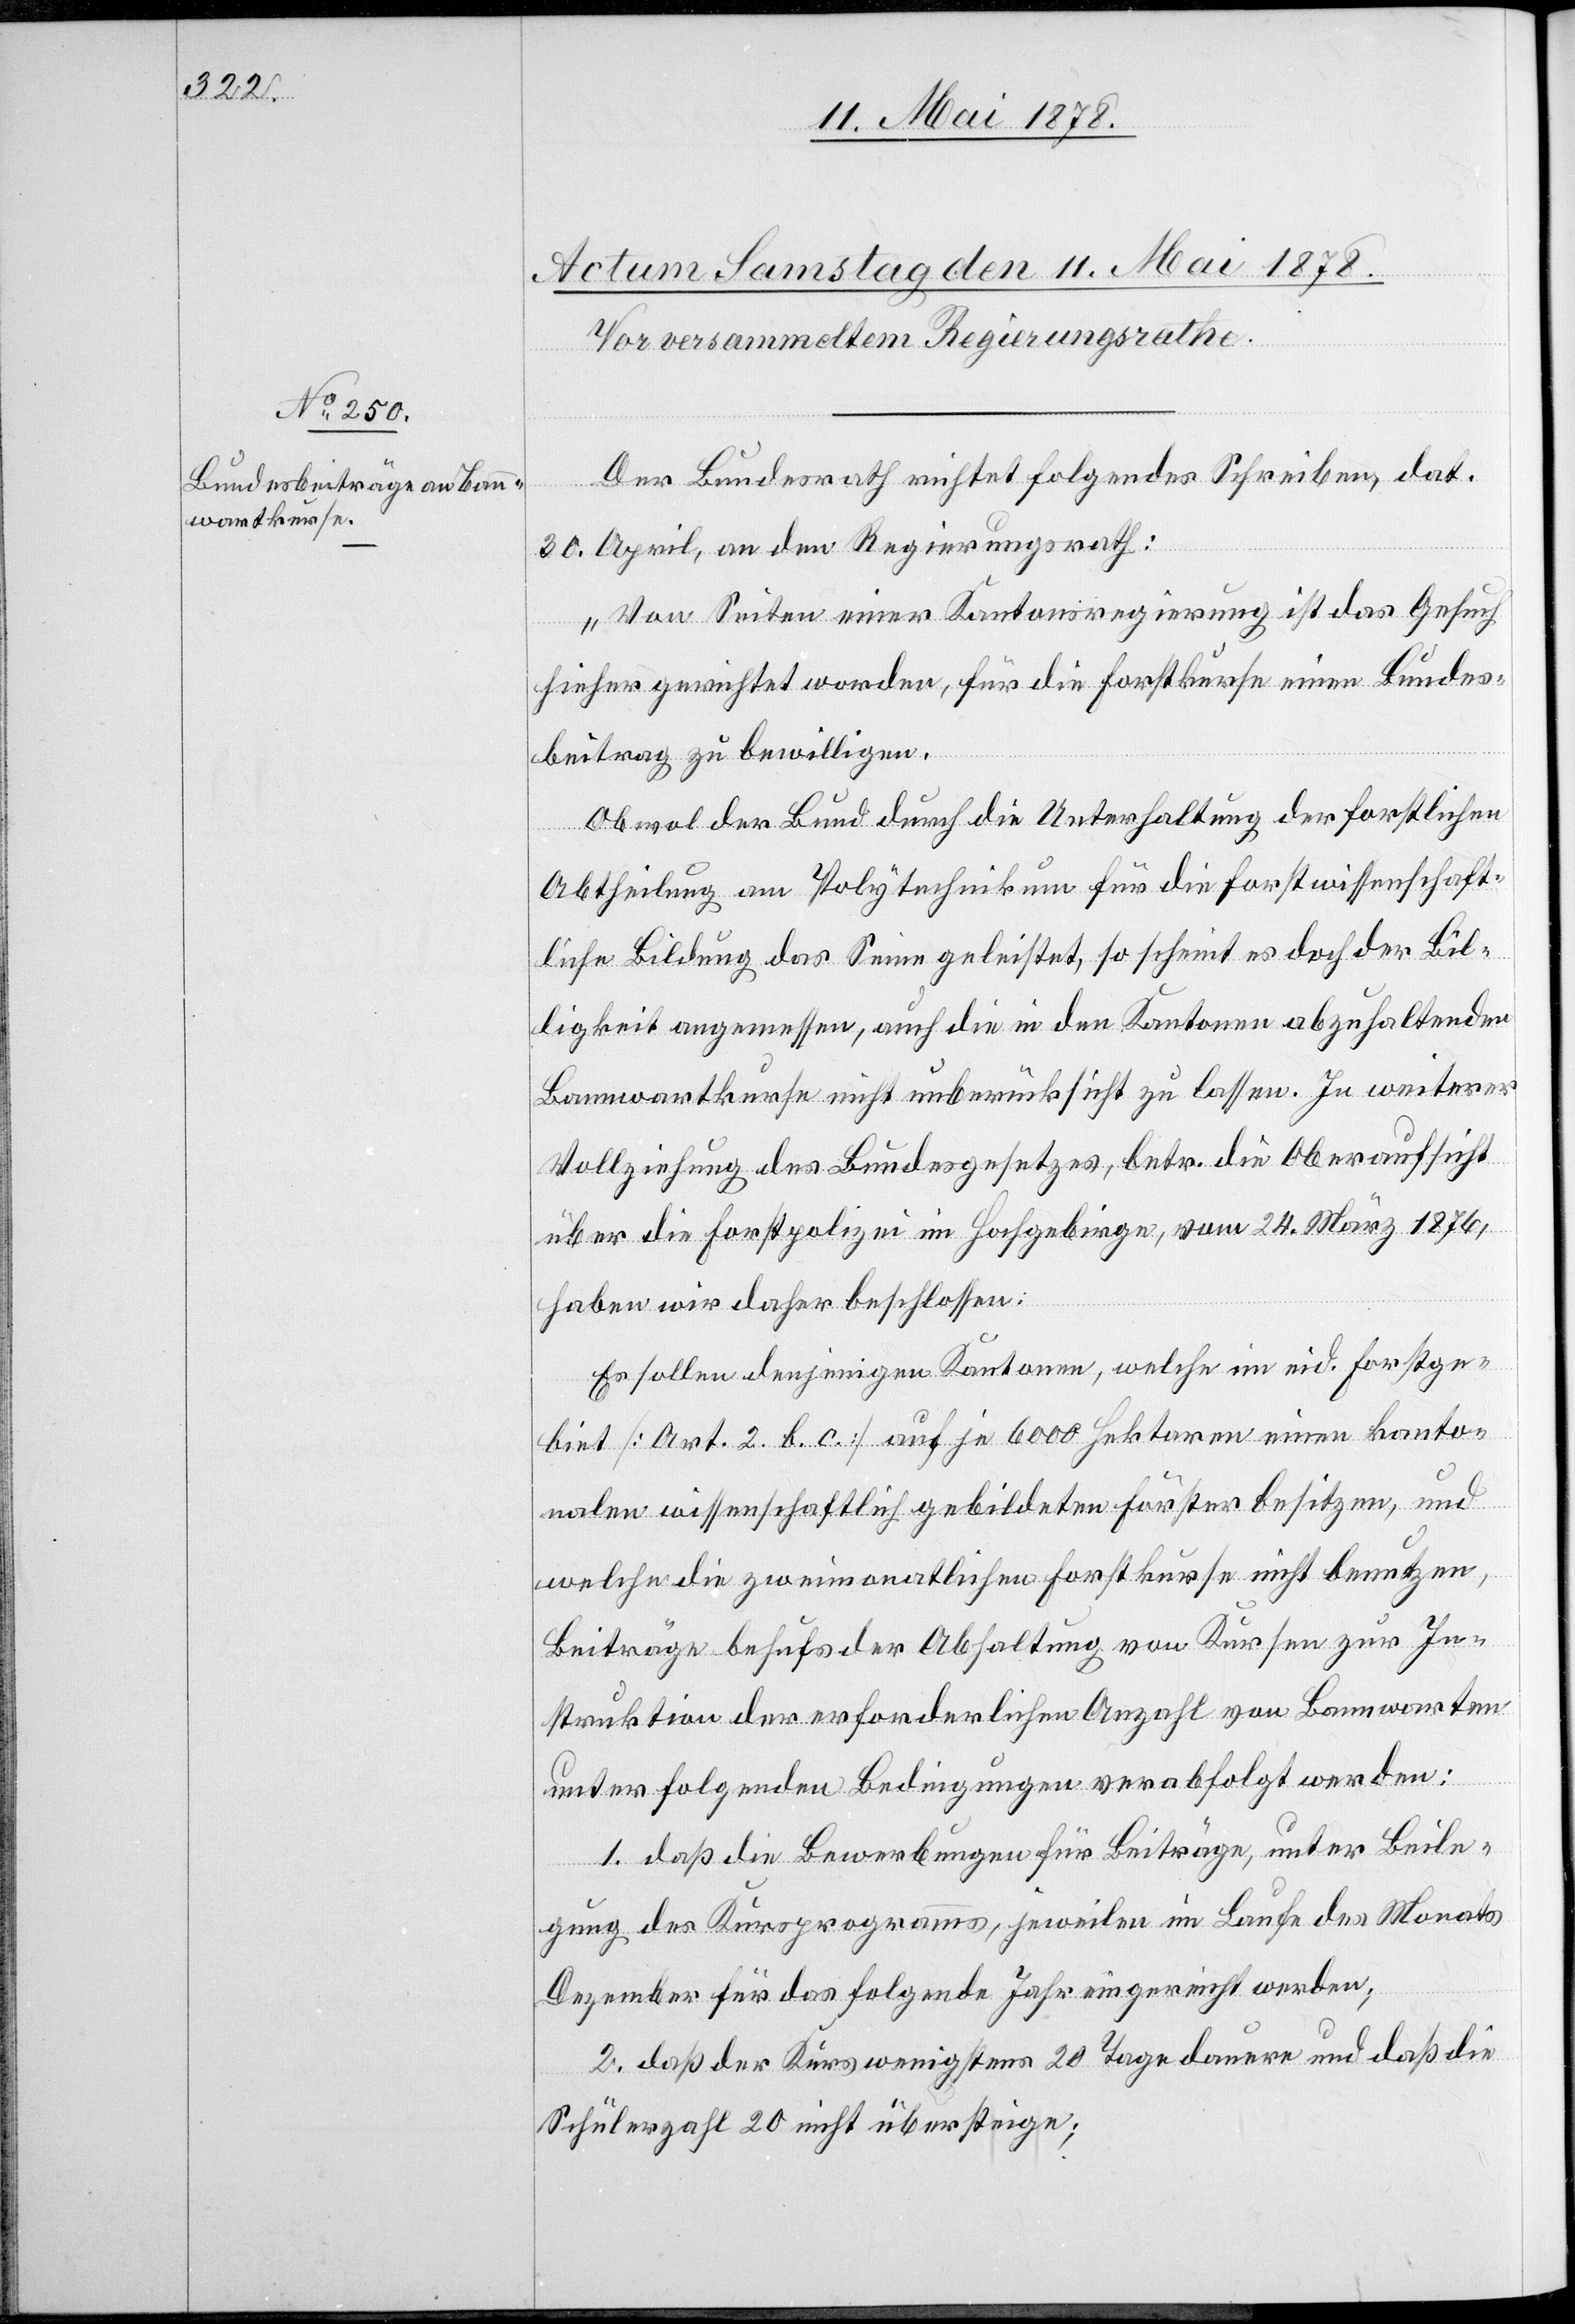
Der Bundesrath richtet folgendes Schreiben, dat.
30. April, an den Regierungsrath:
„Von Seiten einer Kantonsregierung ist das Gesuch
hieher gerichtet worden, für die Forstkurse einen Bundes¬
beitrag zu bewilligen.
Obwol der Bund durch die Unterhaltung der forstlichen
Abtheilung am Polytechnikum für die forstwissenschaft¬
liche Bildung das Seine geleistet, so scheint es doch der Bil¬
ligkeit angemessen, auch die in den Kantonen abzuhaltenden
Bannwartkurse nicht unberücksichtigt zu lassen. In weiterer
Vollziehung des Bundesgesetzes, betr. die Oberaufsicht
über die Forstpolizei im Hochgebirge, vom 25. März 1876,
haben wir daher beschlossen:
Es sollen denjenigen Kantonen, welche im eid. Forstge¬
biet [Art. 2. b. c.] auf je 6000 Hektaren einen kanto¬
nalen wissenschaftlich gebildeten Förster besitzen, und
welche die zweimonatlichen Forstkurse nicht benutzen,
Beiträge behufs der Abhaltung von Kursen zur In¬
struktion der erforderlichen Anzahl von Bannwarten
unter folgenden Bedingungen verabfolgt werden:
1. daß die Bewerbungen für Beiträge, unter Beile¬
gung des Kursprogramms, jeweilen im Laufe des Monats
Dezember für das folgende Jahr eingereicht werden;
2. Daß der Kurs wenigstens 20 Tage dauere und daß die
Schülerzahl 20 nicht übersteige;